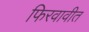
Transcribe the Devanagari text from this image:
फिरवावीत